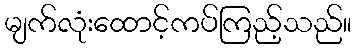
မျက်လုံးထောင့်ကပ်ကြည့်သည်။